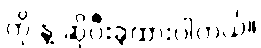
ကို နဲ့ ဆိုပီးခွဲထားပါတယ်။